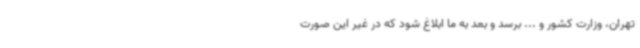
تهران، وزارت کشور و ... برسد و بعد به ما ابلاغ شود که در غیر این صورت